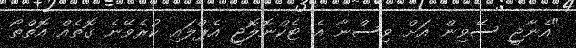
"އެނާޖީ ސޭވިން އަށް ވިސްނާ އެ ޓެކްނޮލޮޖީ އެޕްލައި ކުރެވޭނެ ގޮތެއް އޮތްތޯ